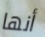
أنها